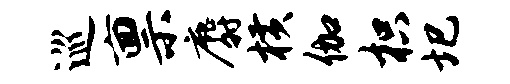
巡禀麝横伽枳圯